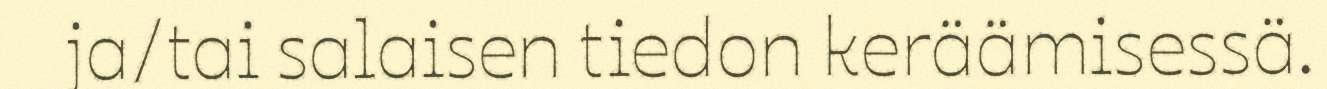
ja/tai salaisen tiedon keräämisessä.